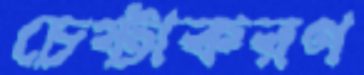
চেষ্টাকরণ